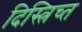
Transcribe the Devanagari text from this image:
दिस्त्रिच्त